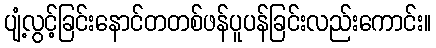
ပျံ့လွင့်ခြင်းနောင်တတစ်ဖန်ပူပန်ခြင်းလည်းကောင်း။